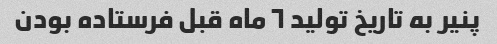
پنیر به تاریخ تولید ٦ ماه قبل فرستاده بودن